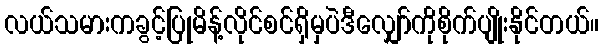
လယ်သမားကခွင့်ပြုမိန့်လိုင်စင်ရှိမှပဲဒီလျှော်ကိုစိုက်ပျိုးနိုင်တယ်။